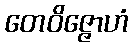
တေဝိဇ္ဇောဟံ